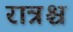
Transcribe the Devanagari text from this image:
रात्रश्च